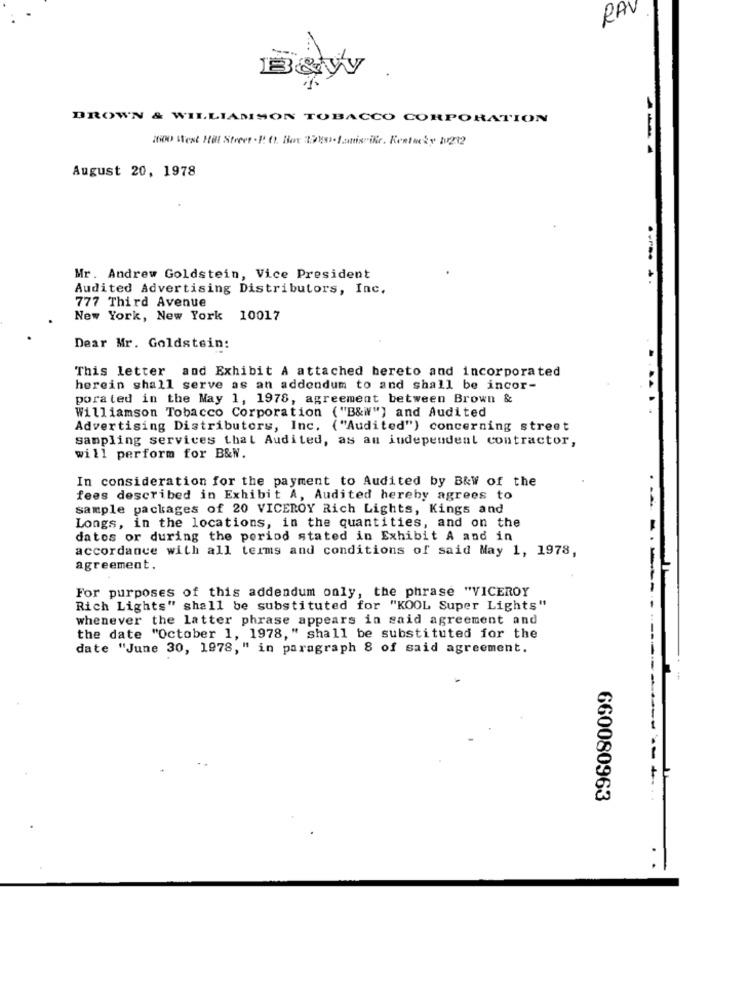
RAV
Bewy .
DROWN & WILLIAMSON TOBACCO CORPORATION
2000 Stext Hill Street . P. O. Box 29090. Janis ific. Kentucky 1/212
August 20, 1978
Mr. Andrew Goldstein, Vice President
Audited Advertising Distributors, Inc.
777 Third Avenue
New York, New York 10017
Dear Mr. Goldstein:
This letter and Exhibit A attached hereto and incorporated
herein shall serve as an addendum to and shall be incor-
porated in the May 1, 1978, agreement between Brown &
Williamson Tobacco Corporation ("B&i") and Audited
Advertising Distributors, Inc. ("Audited") concerning street
sampling services that Audited, as an independent contractor,
will perform for B&N.
In consideration for the payment to Audited by B&w of the
fees described in Exhibit A, Audited hereby agrees to
sample packages of 20 VICEROY Rich Lights, Kings and
Longs, in the locations, in the quantities, and on the
datos or during the period stated in Exhibit A and in
accordance with all terms and conditions of said May 1, 1978,
agreement.
For purposes of this addendum only, the phrase "VICEROY
Rich Lights" shall be substituted for "KOOL Super Lights"
whenever the latter phrase appears in said agreement and
the date "October 1, 1978," shall be substituted for the
date "June 30, 1978," in paragraph 8 of said agreement.
660080963